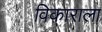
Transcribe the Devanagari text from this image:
विकाराला